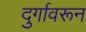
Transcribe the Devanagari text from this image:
दुर्गावरून